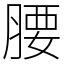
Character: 腰